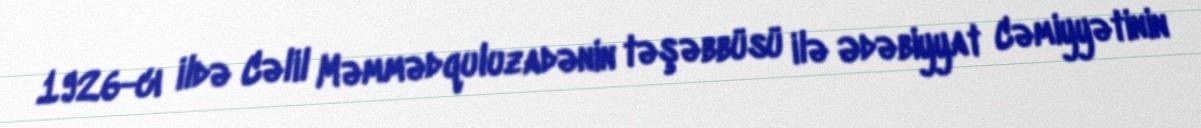
1926-cı ildə Cəlil Məmmədquluzadənin təşəbbüsü ilə Ədəbiyyat Cəmiyyətinin